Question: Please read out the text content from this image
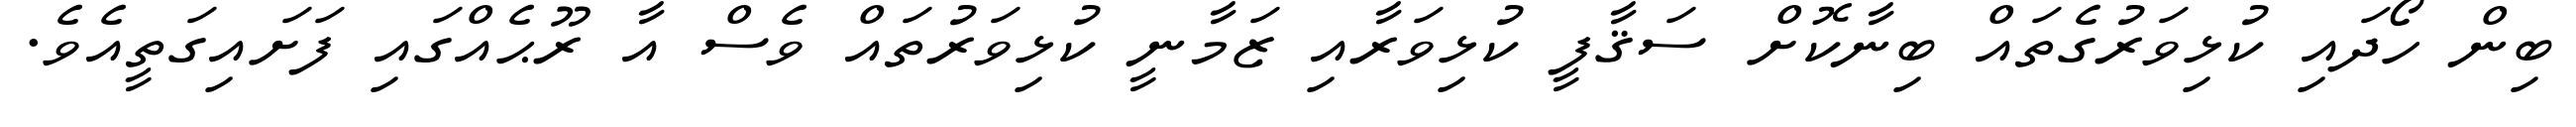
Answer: ބިން ހޯދައި ކުޅިވަރުގެތައް ބިނާކޮށް ސަޤާފީ ކުޅިވަރާއި ޒަމާނީ ކުޅިވަރުތައް ވެސް އާ ރޫޙެއްގައި ފަށައިގަތީއެވެ.